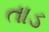
તાડ